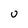
Character: o